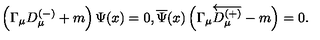
\left( \Gamma _ { \mu } D _ { \mu } ^ { ( - ) } + m \right) \Psi ( x ) = 0 , \overline { { \Psi } } ( x ) \left( \Gamma _ { \mu } \overleftarrow { D _ { \mu } ^ { ( + ) } } - m \right) = 0 .